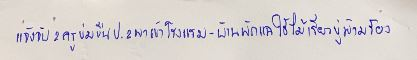
แจ้งจับ2ครูข่มขืนป.2พาเข้าโรงแรม-บ้านพักแฉใช้ไม้เรียวขู่ห้ามร้อง